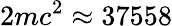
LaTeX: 2mc^{2}\approx 37558